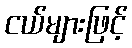
ငယ်များဖြင့်